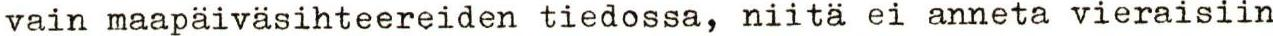
vain maapäiväsihteereiden tiedossa, niitä ei anneta vieraisiin